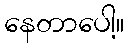
နေတာပေါ့။